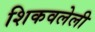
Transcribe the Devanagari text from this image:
शिकवलेली